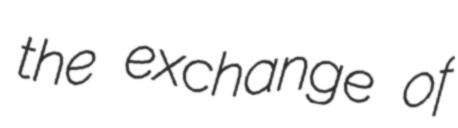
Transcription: the exchange of